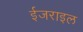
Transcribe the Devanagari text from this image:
ईजराइल